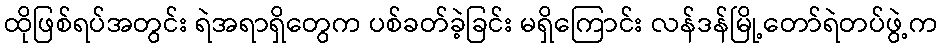
ထိုဖြစ်ရပ်အတွင်း ရဲအရာရှိတွေက ပစ်ခတ်ခဲ့ခြင်း မရှိကြောင်း လန်ဒန်မြို့တော်ရဲတပ်ဖွဲ့က